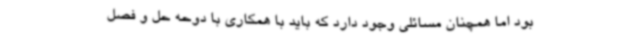
بود اما همچنان مسائلی وجود دارد که باید با همکاری با دوحه حل و فصل